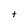
Character: t